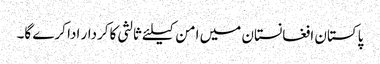
پاکستان افغانستان میں امن کیلئے ثالثی کاکردار ادا کرے گا۔